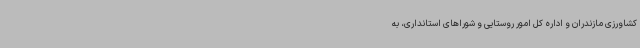
کشاورزی مازندران و اداره کل امور روستایی و شوراهای استانداری، به